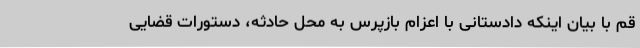
قم با بیان اینکه دادستانی با اعزام بازپرس به محل حادثه، دستورات قضایی